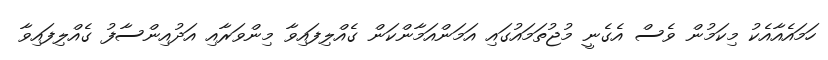
ހަމައެއާއެކު މިކަމުން ވެސް އެގެނީ މުޖުތަމައުގައި އަމަންއަމާންކަން ގެއްލިފައިވާ މިންވަރާއި އަދުއިންސާފު ގެއްލިފައިވާ